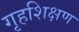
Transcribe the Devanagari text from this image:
गृहशिक्षण